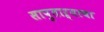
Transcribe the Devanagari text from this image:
सापुताऱ्याचा